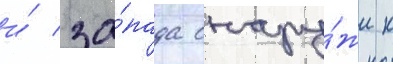
и́ за́пада снару́жи к